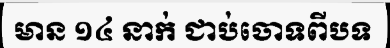
មាន ១៤ នាក់ ជាប់ចោទពីបទ